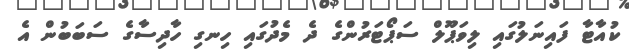
ކުއާޓާ ފައިނަލުގައި ލިވަޕޫލް ސަޕޯޓަރުންގެ ދެ މެދުގައި ހިނގި ހާދިސާގެ ސަބަބުން އެ